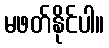
မဖတ်နိုင်ပါ။